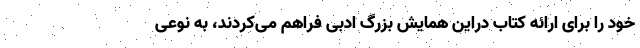
خود را برای ارائه کتاب دراین همایش بزرگ ادبی فراهم می‌کردند، به نوعی